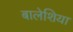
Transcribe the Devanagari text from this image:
बालेशिया